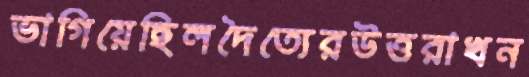
ভাগিয়েছিলদৈত্যেরউত্তরাখন